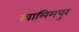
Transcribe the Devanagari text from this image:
खालिमपुर